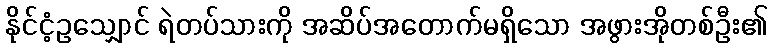
နိုင်ငံ့ဥသျှောင် ရဲတပ်သားကို အဆိပ်အတောက်မရှိသော အဖွားအိုတစ်ဦး၏